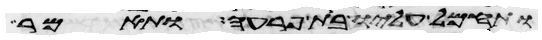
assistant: ותחמל עליו בת פרעה ותאמר